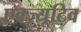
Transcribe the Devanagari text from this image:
एक्ज्यूटिव